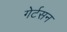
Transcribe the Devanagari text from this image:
गेर्टसन